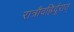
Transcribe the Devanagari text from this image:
रात्रौवह्रिर्दूरात्